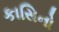
કાસિનો